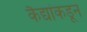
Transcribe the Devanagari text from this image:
कैद्यांकडून